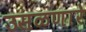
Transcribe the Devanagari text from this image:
उसळणारे